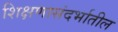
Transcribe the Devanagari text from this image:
शिक्षणासंदर्भातील